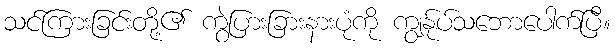
သင်ကြားခြင်းတို့၏ ကွဲပြားခြားနားပုံကို ကျွန်ုပ်သဘောပေါက်ပြီ။